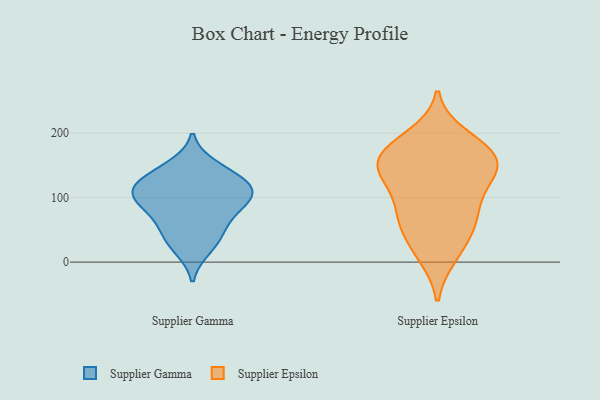
{"axis": {"x": "Website Visitors", "y": "Value"}, "legend": ["Supplier Epsilon", "Supplier Gamma"], "data": [{"x": "", "y": 72, "type": "Supplier Gamma"}, {"x": "", "y": 127, "type": "Supplier Gamma"}, {"x": "", "y": 21, "type": "Supplier Gamma"}, {"x": "", "y": 93, "type": "Supplier Gamma"}, {"x": "", "y": 107, "type": "Supplier Gamma"}, {"x": "", "y": 37, "type": "Supplier Gamma"}, {"x": "", "y": 134, "type": "Supplier Gamma"}, {"x": "", "y": 148, "type": "Supplier Gamma"}, {"x": "", "y": 114, "type": "Supplier Gamma"}, {"x": "", "y": 107, "type": "Supplier Gamma"}, {"x": "", "y": 94, "type": "Supplier Gamma"}, {"x": "", "y": 54, "type": "Supplier Gamma"}, {"x": "", "y": 66, "type": "Supplier Epsilon"}, {"x": "", "y": 178, "type": "Supplier Epsilon"}, {"x": "", "y": 155, "type": "Supplier Epsilon"}, {"x": "", "y": 130, "type": "Supplier Epsilon"}, {"x": "", "y": 76, "type": "Supplier Epsilon"}, {"x": "", "y": 115, "type": "Supplier Epsilon"}, {"x": "", "y": 11, "type": "Supplier Epsilon"}, {"x": "", "y": 170, "type": "Supplier Epsilon"}, {"x": "", "y": 161, "type": "Supplier Epsilon"}, {"x": "", "y": 138, "type": "Supplier Epsilon"}, {"x": "", "y": 167, "type": "Supplier Epsilon"}, {"x": "", "y": 194, "type": "Supplier Epsilon"}, {"x": "", "y": 19, "type": "Supplier Epsilon"}, {"x": "", "y": 71, "type": "Supplier Epsilon"}, {"x": "", "y": 135, "type": "Supplier Epsilon"}, {"x": "", "y": 56, "type": "Supplier Epsilon"}]}